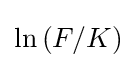
\ln \left(F/K\right)